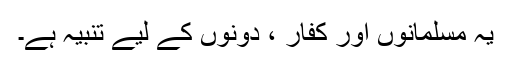
یہ مسلمانوں اور کفار ، دونوں کے لیے تنبیہ ہے۔